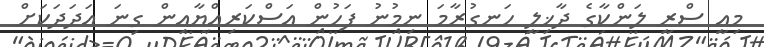
މިއީ ސްރީ ލަންކާގެ ދާޚިލީ ހަނގުރާމަ ނިމުނު ފަހުން އަސްކަރިއްޔާއިން ގިނަ އަދަދަކަށް